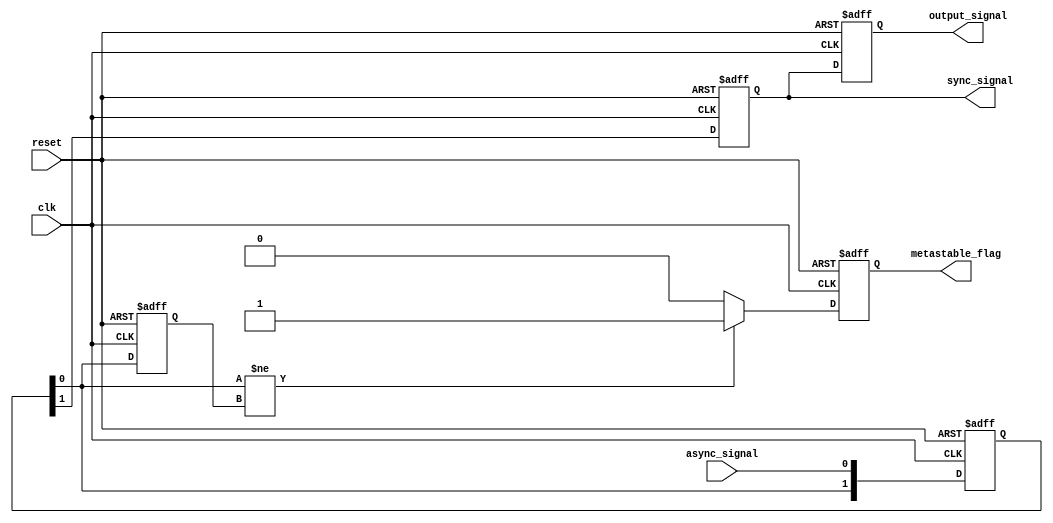
module metastability_detector (
    input wire clk,                // Clock input
    input wire reset,              // Reset signal
    input wire async_signal,       // Asynchronous input signal
    output reg sync_signal,        // Synchronized output signal
    output reg metastable_flag,    // Metastability indication flag
    output reg output_signal        // Final output signal after synchronization
);

// Internal signals
reg [1:0] sync_reg;              // Registers for double synchronization
reg [1:0] sync_reg_prev;         // Previous state of synchronization registers

// Flip-Flops for double synchronization
always @(posedge clk or posedge reset) begin
    if (reset) begin
        sync_reg <= 2'b00;
    end else begin
        sync_reg <= {sync_reg[0], async_signal}; // Shift in async_signal
    end
end

// Monitor changes in sync_reg for metastability detection
always @(posedge clk or posedge reset) begin
    if (reset) begin
        sync_reg_prev <= 2'b00;
        metastable_flag <= 1'b0;
    end else begin
        sync_reg_prev <= sync_reg;
        // Check for change in sync_reg indicating a potential metastability event
        if (sync_reg[0] != sync_reg_prev[0]) begin
            metastable_flag <= 1'b1;
        end else begin
            metastable_flag <= 1'b0;
        end
    end
end

// Final output synchronization
always @(posedge clk or posedge reset) begin
    if (reset) begin
        output_signal <= 1'b0;
        sync_signal <= 1'b0;
    end else begin
        sync_signal <= sync_reg[1]; // Output of the second flip-flop
        output_signal <= sync_signal; // Final output signal
    end
end

endmodule